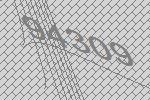
94309